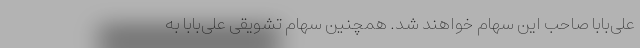
علی‌بابا صاحب این سهام خواهند شد. همچنین سهام تشویقی علی‌بابا به